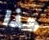
هذا